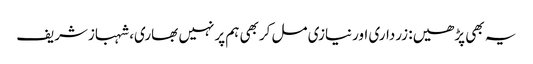
یہ بھی پڑھیں: زرداری اورنیازی مل کربھی ہم پرنہیں بھاری، شہبازشریف